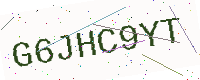
Text: G6JHC9YT